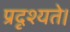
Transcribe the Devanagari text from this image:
प्रदृश्यते।